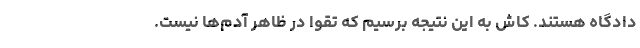
دادگاه هستند. کاش به این نتیجه برسیم که تقوا در ظاهر آدم‌ها نیست.